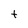
Character: t